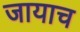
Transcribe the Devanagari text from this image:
जायाच